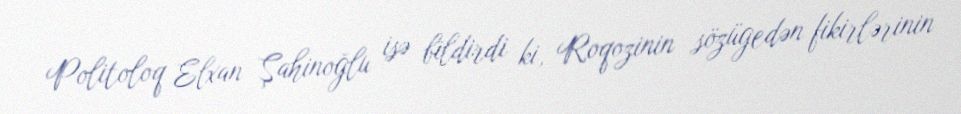
Politoloq Elxan Şahinoğlu isə bildirdi ki, Roqozinin sözügedən fikirlərinin